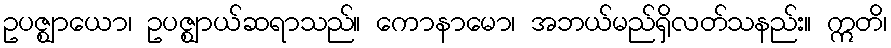
ဥပဇ္ဈာယော၊ ဥပဇ္ဈာယ်ဆရာသည်။ ကောနာမော၊ အဘယ်မည်ရှိလတ်သနည်း။ ဣတိ၊